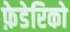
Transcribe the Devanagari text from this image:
फ़ेडेरिको